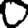
Digit: 0